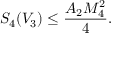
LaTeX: S _ { 4 } ( V _ { 3 } ) \leq \frac { A _ { 2 } M _ { 4 } ^ { 2 } } { 4 } .